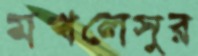
মখলেসুর